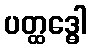
ပတ္ထဒ္ဓေါ